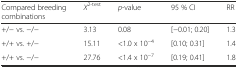
<table><thead><tr><td><b>Compared breeding combinations</b></td><td><b><i>X</i><sup>2-test</sup></b></td><td><b><i>p</i>-value</b></td><td><b>95 % CI</b></td><td><b>RR</b></td></tr></thead><tbody><tr><td>+/− vs. −/−</td><td>3.13</td><td>0.08</td><td>[−0.01; 0.20]</td><td>1.3</td></tr><tr><td>+/+ vs. +/−</td><td>15.11</td><td>&lt;1.0 x 10<sup>−4</sup></td><td>[0.10; 0.31]</td><td>1.4</td></tr><tr><td>+/+ vs. −/−</td><td>27.76</td><td>&lt;1.4 x 10<sup>−7</sup></td><td>[0.19; 0.41]</td><td>1.8</td></tr></tbody></table>